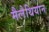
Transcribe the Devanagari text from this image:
मैलेथियान